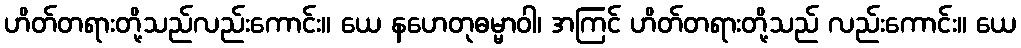
ဟိတ်တရားတို့သည်လည်းကောင်း။ ယေ နဟေတုဓမ္မာဝါ၊ အကြင် ဟိတ်တရားတို့သည် လည်းကောင်း။ ယေ